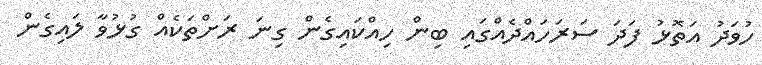
ހުވަދު އަތޮޅު ފަދަ ސަރަހައްދެއްގައި ބިން ހިއްކައިގެން ގިނަ ރަށްތަކެއް ގުޅުވާ ލައިގެން